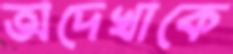
অদেখাকে